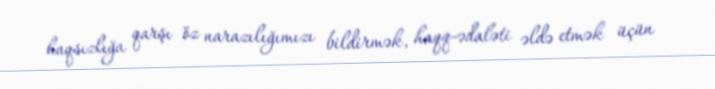
haqsızlığa qarşı öz narazılığımızı bildirmək, haqq-ədaləti əldə etmək üçün